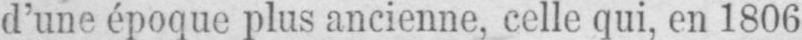
d’une époque plus ancienne, celle qui, en 1806